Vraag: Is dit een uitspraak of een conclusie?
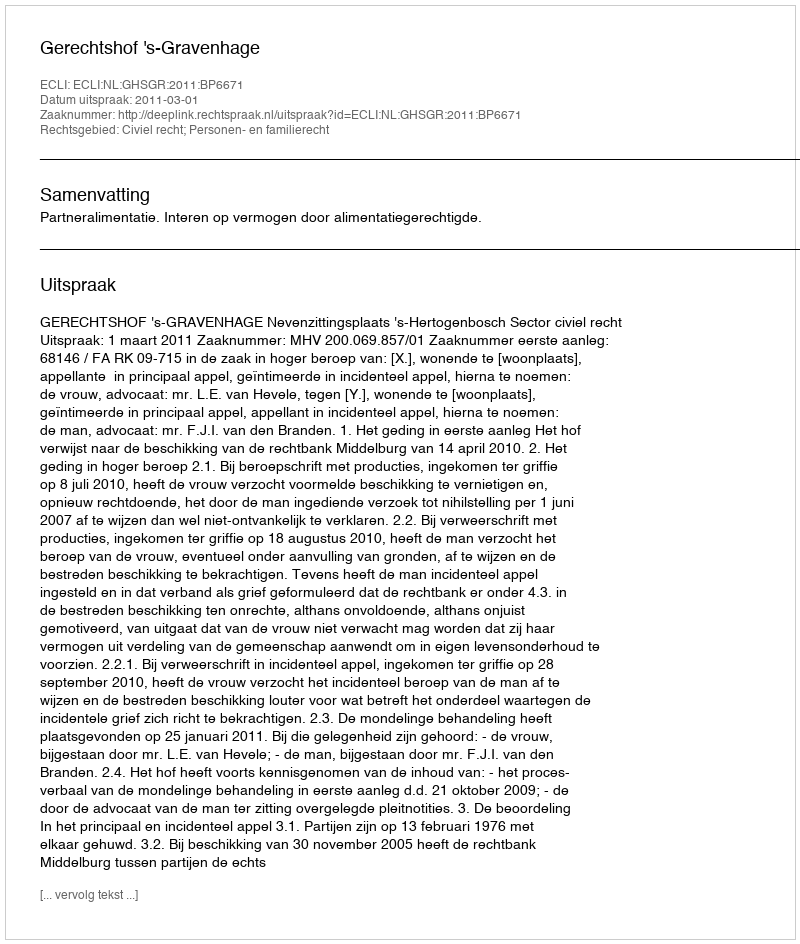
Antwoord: Uitspraak